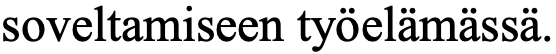
soveltamiseen työelämässä.